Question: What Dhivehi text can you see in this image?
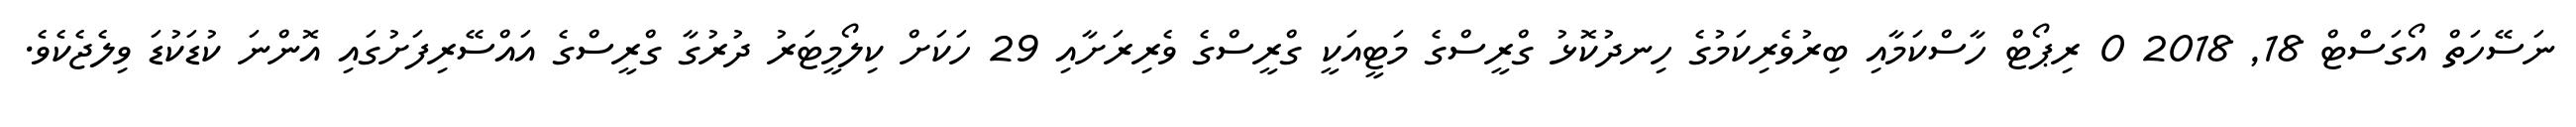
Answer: ނަސޭހަތް އޯގަސްޓް 18, 2018 0 ރިޕޯޓް ހާސްކަމާއި ބިރުވެރިކަމުގެ ހިނދުކޮޅު ގްރީސްގެ މަޓީއަކީ ގްރީސްގެ ވެރިރަށާއި 29 ހަކަށް ކިލޯމީޓަރު ދުރުގާ ގްރީސްގެ އައްސޭރިފަށުގައި އޮންނަ ކުޑަކުޑަ ވިލެޖެކެވެ.